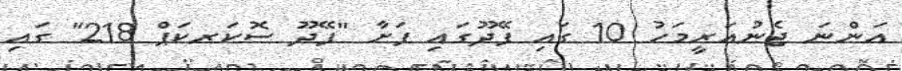
އަންނަ ޖެނުއަރީމަހު 10 ގައި ފޭދޫގައި ފަށާ "ފޭދޫ ސޮކަރކަޕް 218" ގައި